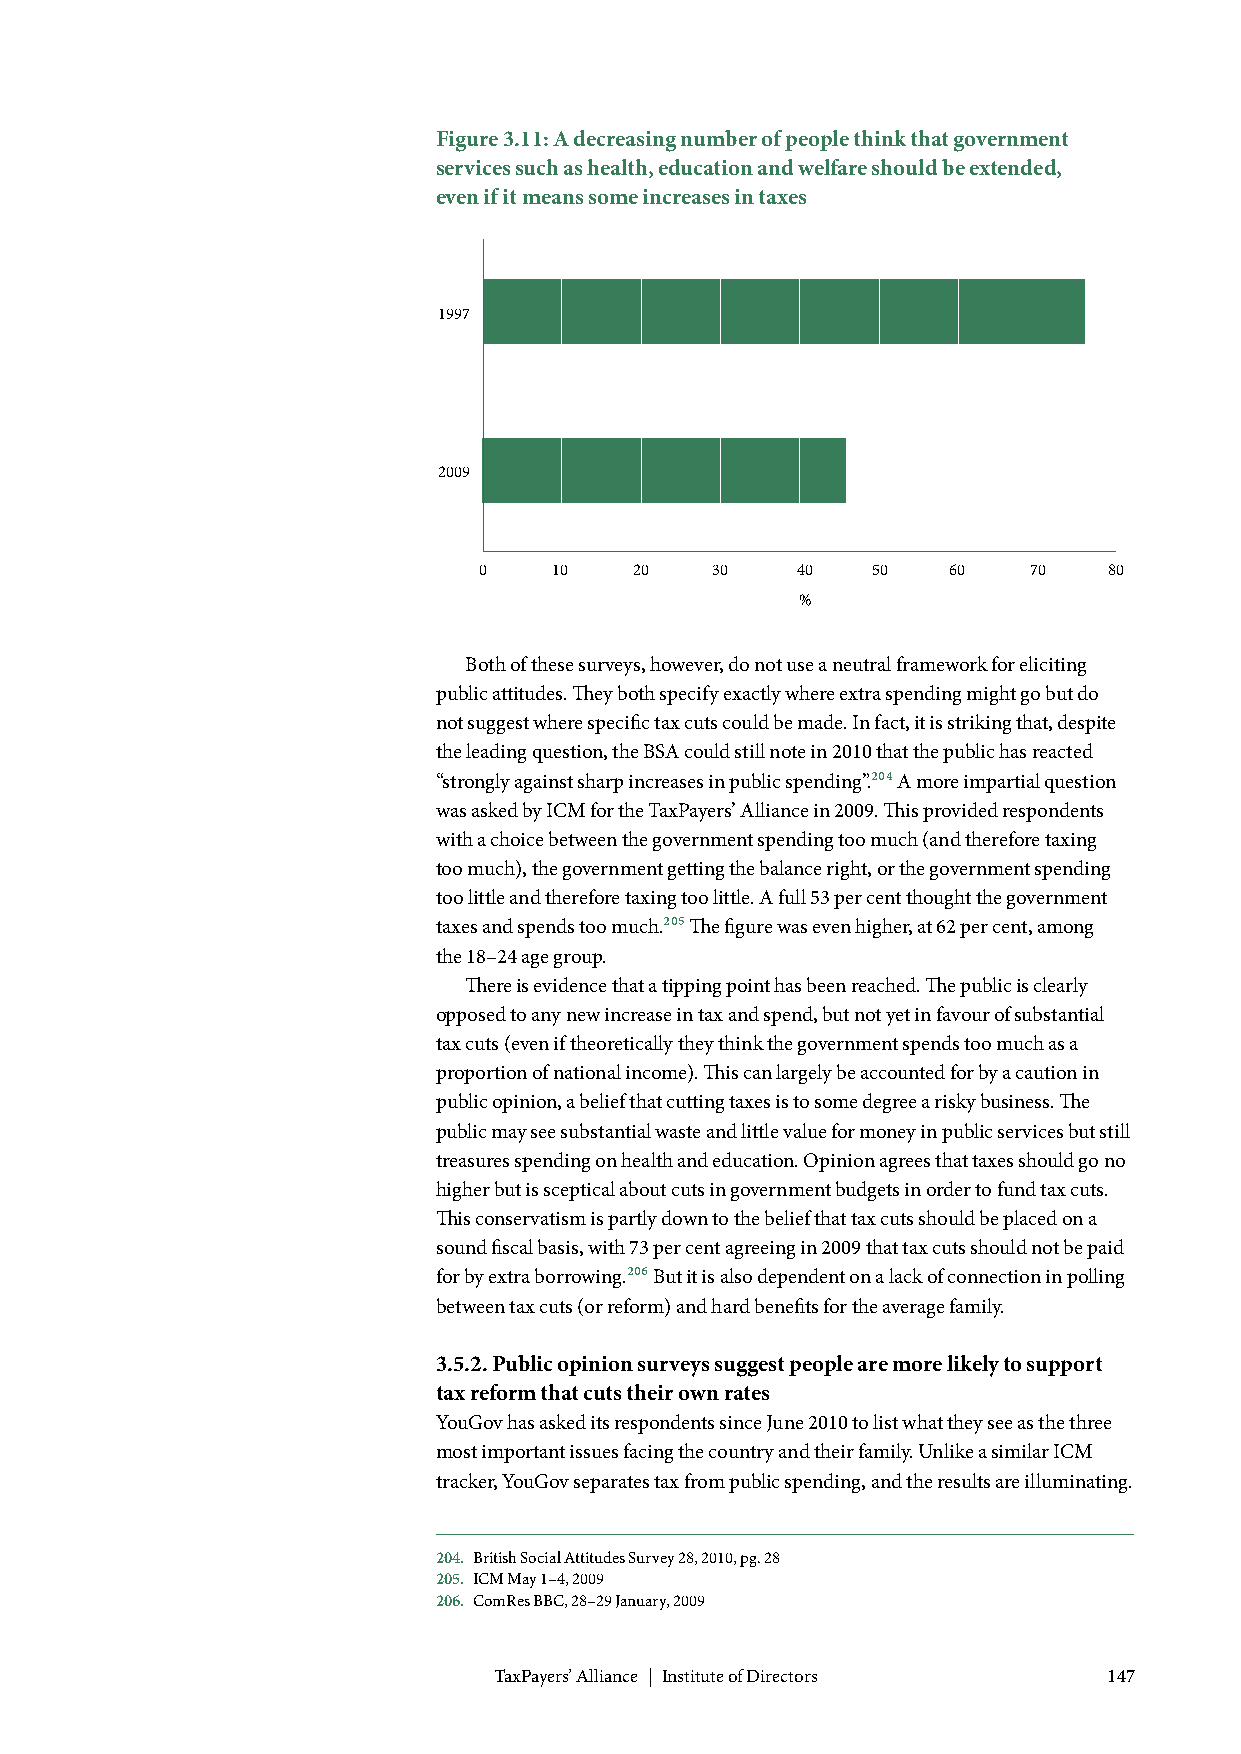
Figure 3.11: A decreasing number of people think that government
 services such as health, education and welfare should be extended,
 even if it means some increases in taxes
 1997
 2009
 0   10    20   30    40   50   60   70   80
 %
 Both of these surveys, however, do not use a neutral framework for eliciting
 public attitudes. They both specify exactly where extra spending might go but do
 not suggest where specific tax cuts could be made. In fact, it is striking that, despite
 the leading question, the BSA could still note in 2010 that the public has reacted
 “strongly against sharp increases in public spending”.204 A more impartial question
 was asked by ICM for the TaxPayers’ Alliance in 2009. This provided respondents
 with a choice between the government spending too much (and therefore taxing
 too much), the government getting the balance right, or the government spending
 too little and therefore taxing too little. A full 53 per cent thought the government
 taxes and spends too much.205 The figure was even higher, at 62 per cent, among
 the 18–24 age group.
 There is evidence that a tipping point has been reached. The public is clearly
 opposed to any new increase in tax and spend, but not yet in favour of substantial
 tax cuts (even if theoretically they think the government spends too much as a
 proportion of national income). This can largely be accounted for by a caution in
 public opinion, a belief that cutting taxes is to some degree a risky business. The
 public may see substantial waste and little value for money in public services but still
 treasures spending on health and education. Opinion agrees that taxes should go no
 higher but is sceptical about cuts in government budgets in order to fund tax cuts.
 This conservatism is partly down to the belief that tax cuts should be placed on a
 sound fiscal basis, with 73 per cent agreeing in 2009 that tax cuts should not be paid
 for by extra borrowing.206 But it is also dependent on a lack of connection in polling
 between tax cuts (or reform) and hard benefits for the average family.
 3.5.2. Public opinion surveys suggest people are more likely to support
 tax reform that cuts their own rates
 YouGov has asked its respondents since June 2010 to list what they see as the three
 most important issues facing the country and their family. Unlike a similar ICM
 tracker, YouGov separates tax from public spending, and the results are illuminating.
 204. British Social Attitudes Survey 28, 2010, pg. 28
 205. ICM May 1–4, 2009
 206. ComRes BBC, 28–29 January, 2009
 TaxPayers’ Alliance | Institute of Directors 147